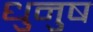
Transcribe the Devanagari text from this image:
धुनुष